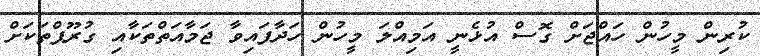
ކުރިން މީހުން ހައްޖަށް ގޮސް އުޅެނީ އަމިއްލަ މީހުން ހަދާފައިވާ ޖަމާއަތްތަކާއި ގުރޫޕްތަކަށް